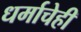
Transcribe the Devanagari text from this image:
धर्माचेही